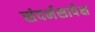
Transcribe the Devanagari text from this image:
संदर्भसापेक्ष